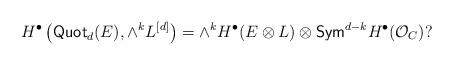
LaTeX: \begin{align*} H^{\bullet} \left(\mathsf {Quot}_{d}(E), \wedge^{k} L^{[d]}\right)=\wedge^{k} H^{\bullet}(E\otimes L)\otimes \mathsf{Sym}^{d-k} H^{\bullet} (\mathcal O_C)?\end{align*}